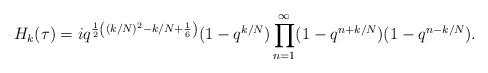
LaTeX: \begin{align*} H_k(\tau) = iq^{\frac{1}{2}\left((k/N)^2-k/N+\frac{1}{6}\right)}(1-q^{k/N})\prod_{n=1}^{\infty}(1-q^{n+k/N})(1-q^{n-k/N}).\end{align*}